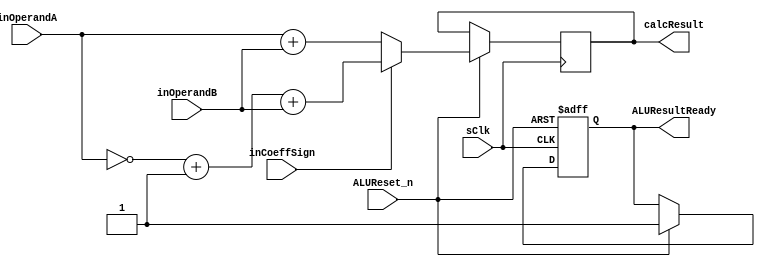
module calcAdder(
	sClk,
	inCoeffSign,
	inOperandA,
	inOperandB,
	calcResult,
	ALUResultReady,
	ALUReset_n

    );
	input sClk;
	input inCoeffSign;               //1 = negative, perform subtraction; 0 = positive, perform addition
	input [39:0] inOperandA;
	input [39:0] inOperandB;
	output reg [39:0] calcResult;
	output reg ALUResultReady;
	input ALUReset_n;
	always @ (negedge sClk or negedge ALUReset_n) begin
		if(ALUReset_n == 0) begin
			ALUResultReady = 1'b0;
		end
		else if (ALUReset_n == 1) begin
			if(inCoeffSign) begin//subtracting, perform two's compliment
			      calcResult = ((~inOperandA) + 1) + inOperandB;
			end
			else begin//adding
			      calcResult = inOperandA + inOperandB;
			end
			ALUResultReady = 1'b1;
		end

	end
    
endmodule